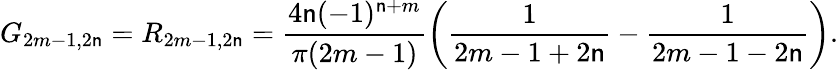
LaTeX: G_{2m-1,2\mathsf{n}}=R_{2m-1,2\mathsf{n}}=\frac{{4\mathsf{n}(-1)^{\mathsf{n}+m}}}{{\pi(2m-1)}}\left(\frac{{1}}{{2m-1+2\mathsf{n}}}-\frac{{1}}{{2m-1-2\mathsf{n}}}\right).